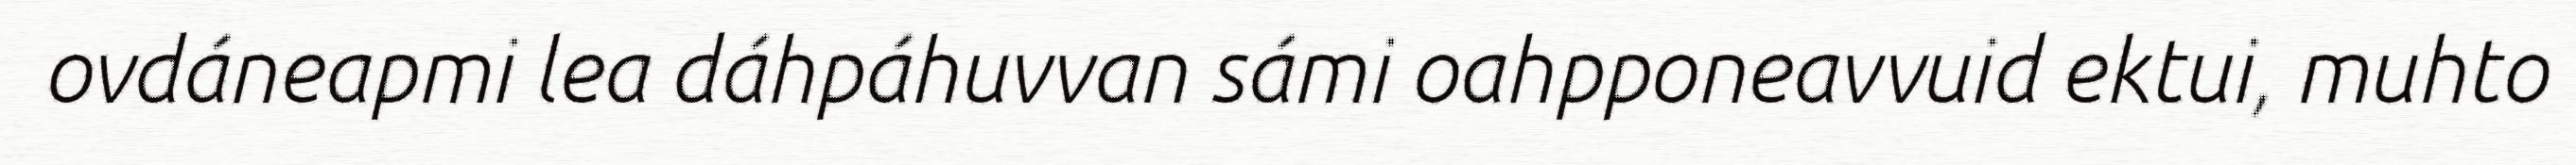
ovdáneapmi lea dáhpáhuvvan sámi oahpponeavvuid ektui, muhto